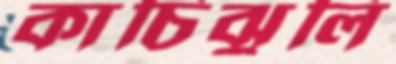
কাচিঝুলি